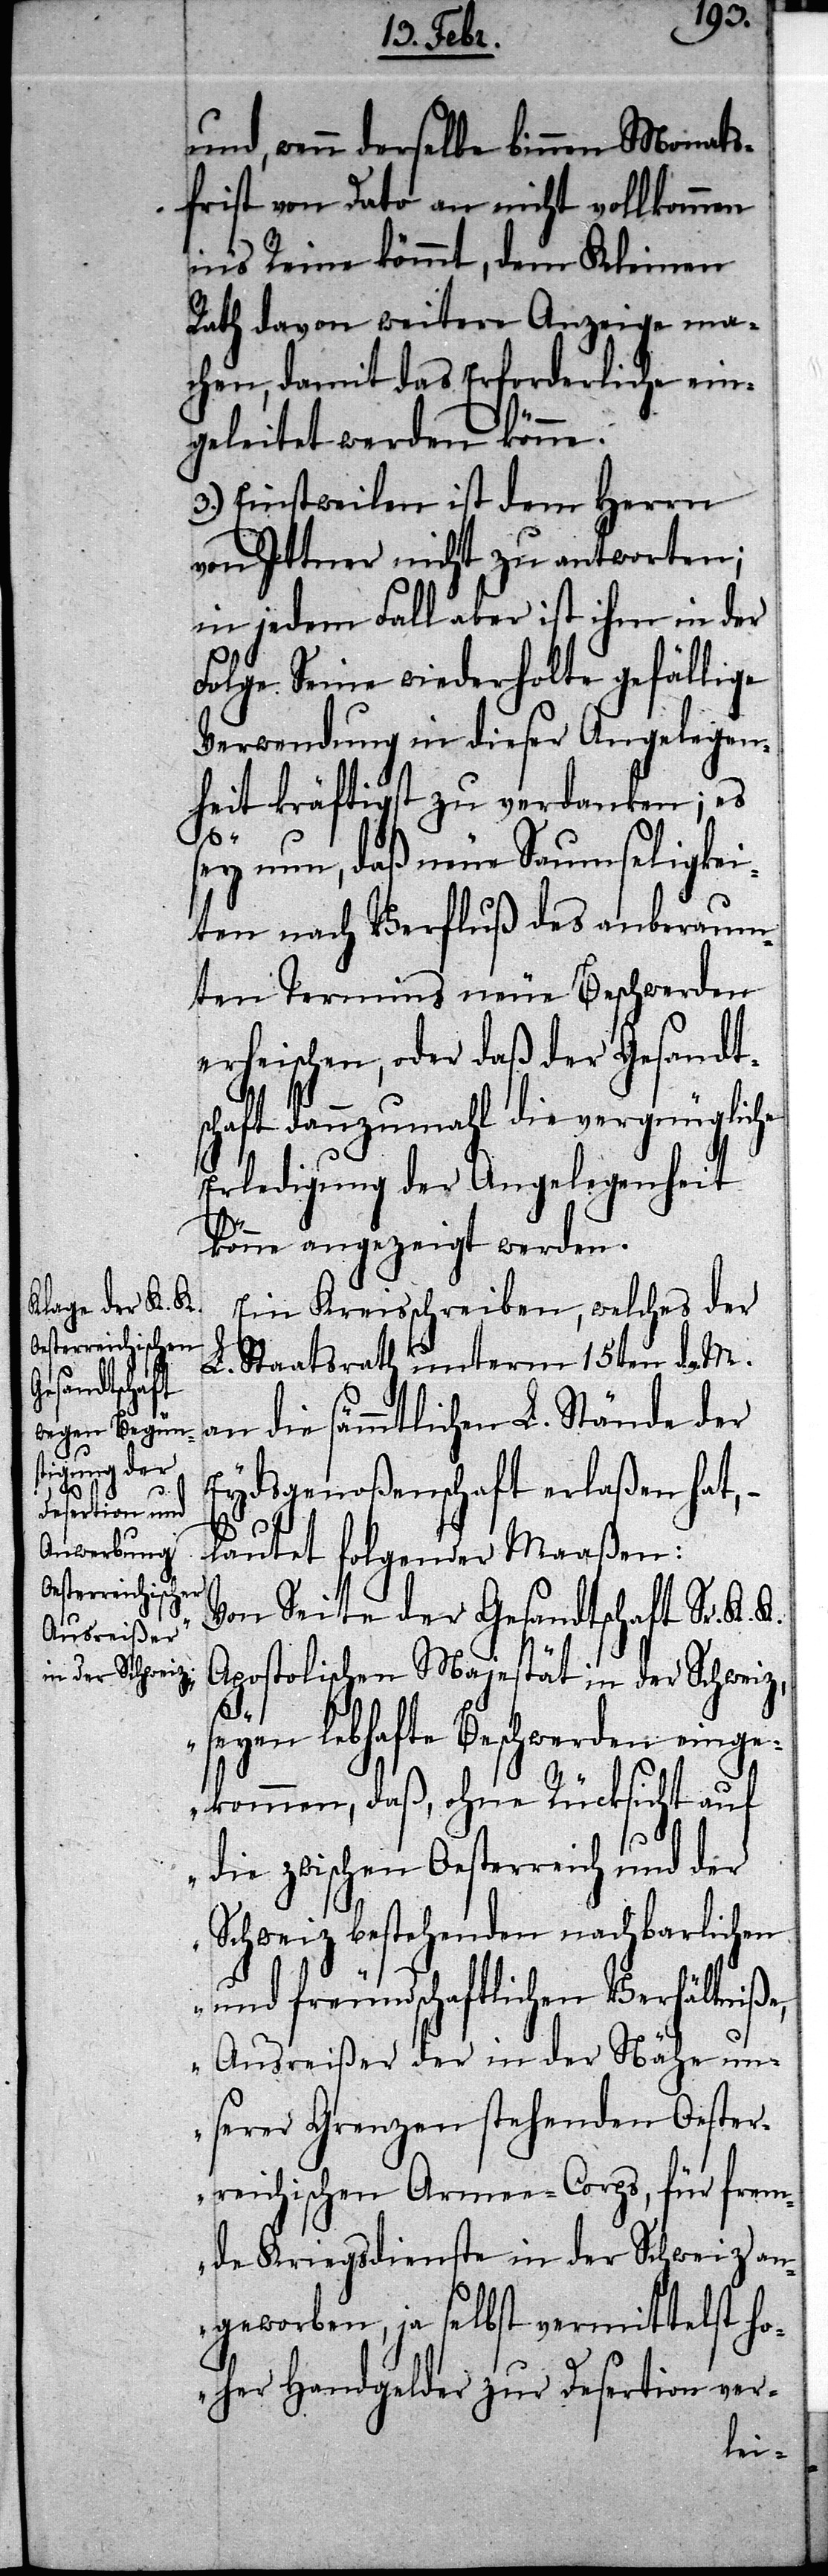
und, wenn derselbe binnen Monats¬
frist von Dato an nicht vollkommen
ins Reine kömmt, dem Kleinen
Rath davon weitere Anzeige ma¬
chen, damit das Erforderliche ein¬
geleitet werden könne.
3.) Einstweilen ist dem Herrn
von Ittner nicht zu antworten;
in jedem Fall aber ist ihm in der
Folge Seine wiederholte gefällige
Verwendung in dieser Angelegen¬
heit kräftigst zu verdanken; es
sey nun, daß neue Saumseligkei¬
ten nach Verfluß des anberaum¬
ten Termins neue Beschwerden
erheischen, oder daß der Gesandt¬
schaft dannzumahl die vergnügliche
Erledigung der Angelegenheit
könne angezeigt werden.
Ein Kreisschreiben, welches der
L. Staatsrath unterm 15ten d. M.
an die sämmtlichen L. Stände der
Eydsgenoßenschaft erlaßen hat, –
lautet folgender Maaßen:
„Von Seite der Gesandtschaft Sr. K. K.
Apostolischen Majestät in der Schweiz,
seyen lebhafte Beschwerden einge¬
kommen, daß, ohne Rücksicht auf
die zwischen Oesterreich und der
Schweiz bestehenden nachbarlichen
und freundschaftlichen Verhältniße,
Ausreißer der in der Nähe un¬
serer Grenzen stehenden Oester¬
reichischen Armee-Corps, für frem¬
de Kriegsdienste in der Schweiz an¬
geworben, ja selbst vermittelst ho¬
her Handgelder zur Desertion ver-